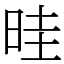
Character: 晆